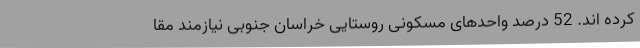
کرده اند. 52 درصد واحدهای مسکونی روستایی خراسان جنوبی نیازمند مقا